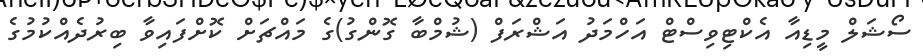
ސޯޝަލް މީޑިއާ އެކްޓިވިސްޓް އަހްމަދު އަޝްރަފް (ޝުމްބާ ގޮންގު)ގެ މައްޗަށް ކޮށްފައިވާ ބިރުދެއްކުމުގެ